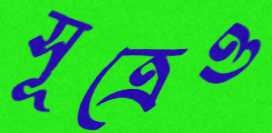
সূত্রেও